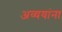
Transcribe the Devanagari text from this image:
अव्ययांना